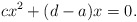
\begin{align*}cx^2+(d-a)x=0.\end{align*}